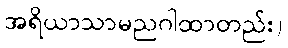
အရိယာသာမညဂါထာတည်း)